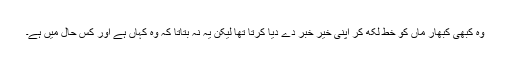
وہ کبھی کبھار ماں کو خط لکھ کر اپنی خیر خبر دے دیا کرتا تھا لیکن یہ نہ بتاتا کہ وہ کہاں ہے اور کس حال میں ہے۔